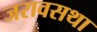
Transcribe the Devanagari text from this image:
जरावसथा